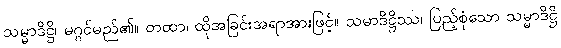
သမ္မာဒိဋ္ဌိ၊ မဂ္ဂင်မည်၏။ တထာ၊ ထိုအခြင်းအရာအားဖြင့်။ သမာဒိဋ္ဌိဿ၊ ပြည့်စုံသော သမ္မာဒိဋ္ဌိ